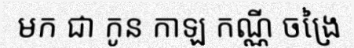
មក ជា កូន កាឡ កណ្ណី ចង្រៃ